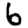
Digit: 6